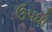
ઉપધો